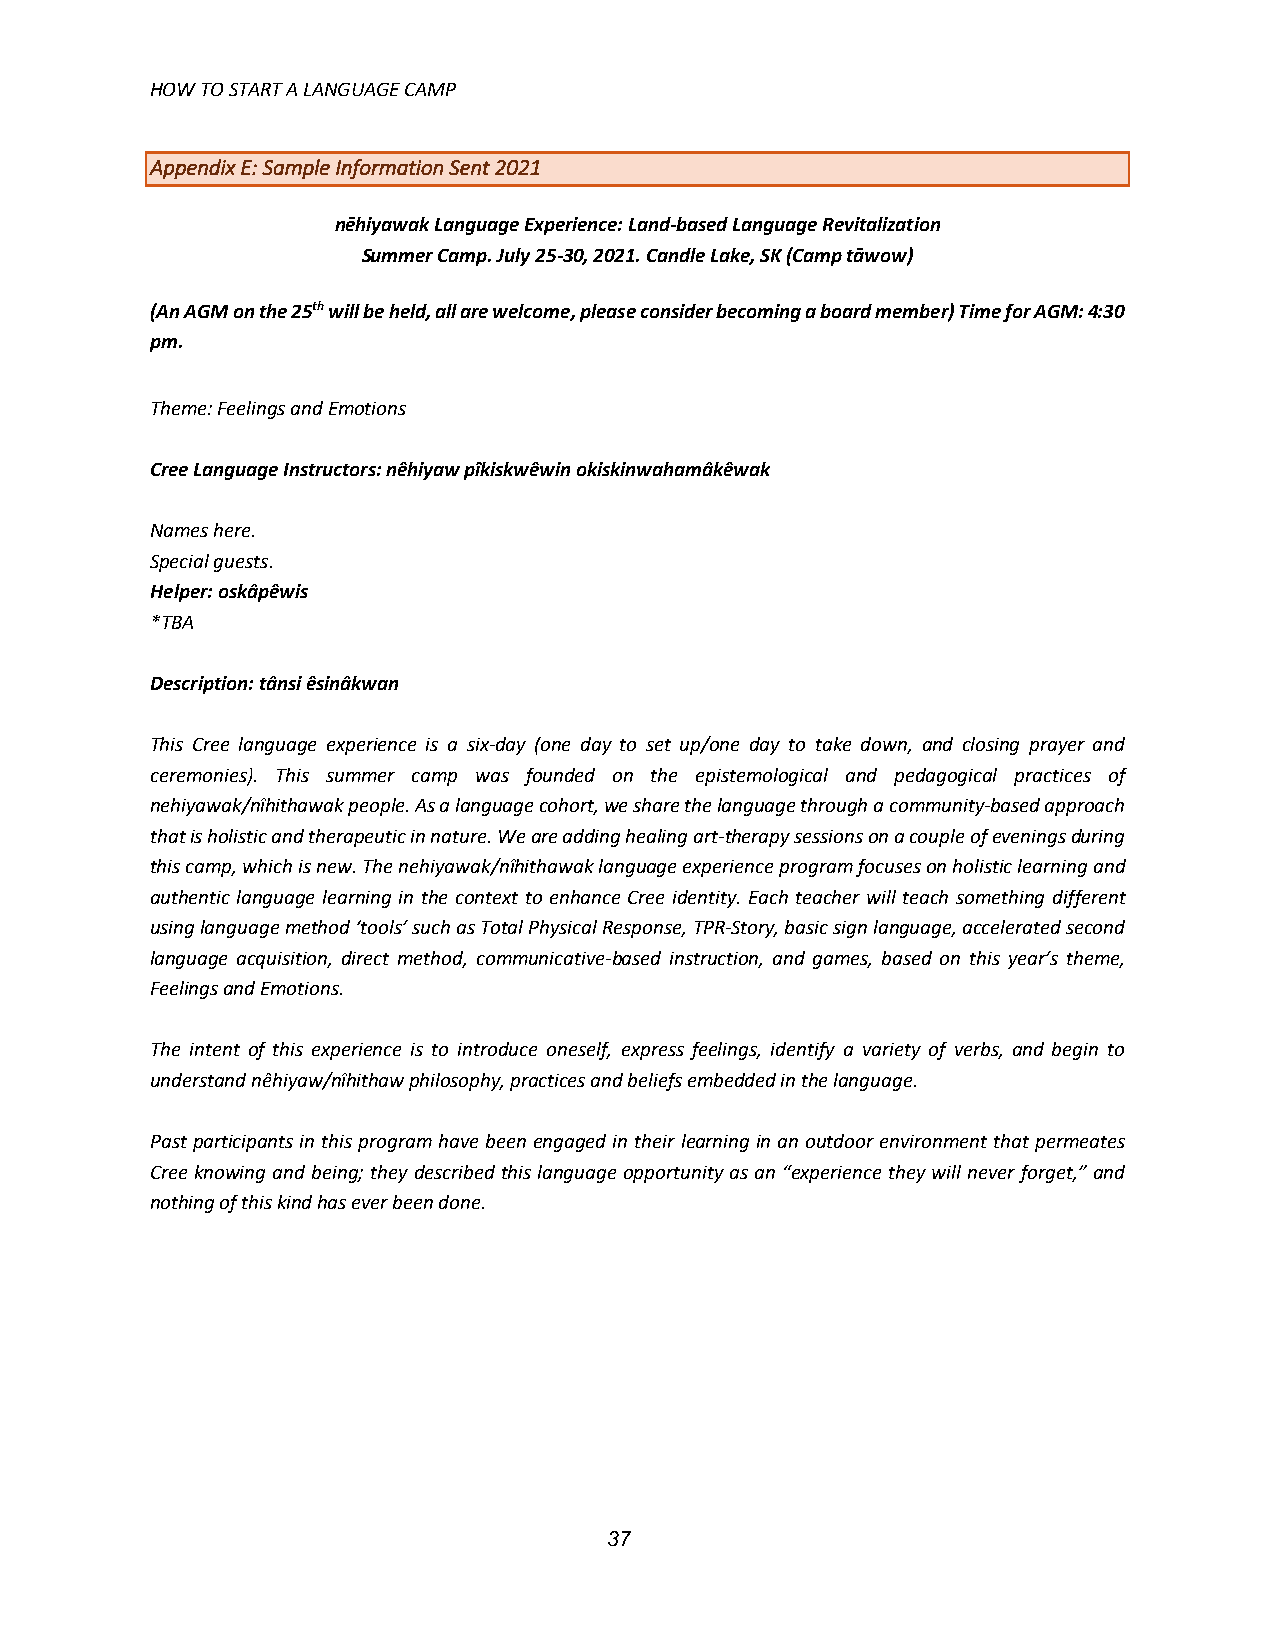
HOW TO START A LANGUAGE CAMP
 Appendix E: Sample Information Sent 2021
 nēhiyawak Language Experience: Land-based Language Revitalization
 Summer Camp. July 25-30, 2021. Candle Lake, SK (Camp tāwow)
 (An AGM on the 25th will be held, all are welcome, please consider becoming a board member) Time for AGM: 4:30
 pm.
 Theme: Feelings and Emotions
 Cree Language Instructors: nêhiyaw pîkiskwêwin okiskinwahamâkêwak
 Names here.
 Special guests.
 Helper: oskâpêwis
 *TBA
 Description: tânsi êsinâkwan
 This Cree language experience is a six-day (one day to set up/one day to take down, and closing prayer and
 ceremonies). This summer camp was founded on the epistemological and pedagogical practices of
 nehiyawak/nîhithawak people. As a language cohort, we share the language through a community-based approach
 that is holistic and therapeutic in nature. We are adding healing art-therapy sessions on a couple of evenings during
 this camp, which is new. The nehiyawak/nîhithawak language experience program focuses on holistic learning and
 authentic language learning in the context to enhance Cree identity. Each teacher will teach something different
 using language method ‘tools’ such as Total Physical Response, TPR-Story, basic sign language, accelerated second
 language acquisition, direct method, communicative-based instruction, and games, based on this year’s theme,
 Feelings and Emotions.
 The intent of this experience is to introduce oneself, express feelings, identify a variety of verbs, and begin to
 understand nêhiyaw/nîhithaw philosophy, practices and beliefs embedded in the language.
 Past participants in this program have been engaged in their learning in an outdoor environment that permeates
 Cree knowing and being; they described this language opportunity as an “experience they will never forget,” and
 nothing of this kind has ever been done.
 37